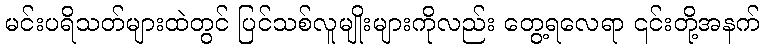
မင်းပရိသတ်များထဲတွင် ပြင်သစ်လူမျိုးများကိုလည်း တွေ့ရလေရာ ၎င်းတို့အနက်